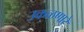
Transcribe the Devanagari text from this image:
उकळणारे